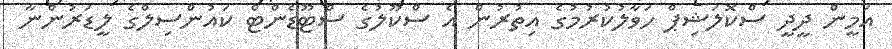
އަމީން ދީދީ ސްކޮލަޝިޕް ހަވާލުކުރުމުގެ އިތުރުން އެ ސްކޫލުގެ ސްޓޫޑެންޓް ކައުންސިލްގެ ލީޑަރުންނާ